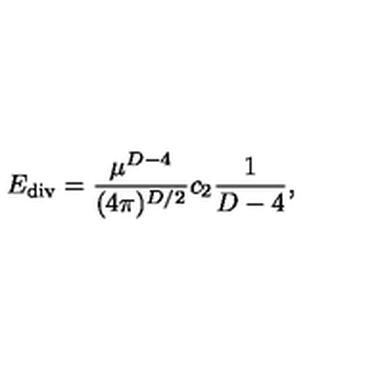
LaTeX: E _ { \mathrm { \tiny { d i v } } } = { \frac { \mu ^ { D - 4 } } { ( 4 \pi ) ^ { D / 2 } } } c _ { 2 } { \frac { 1 } { D - 4 } } ,